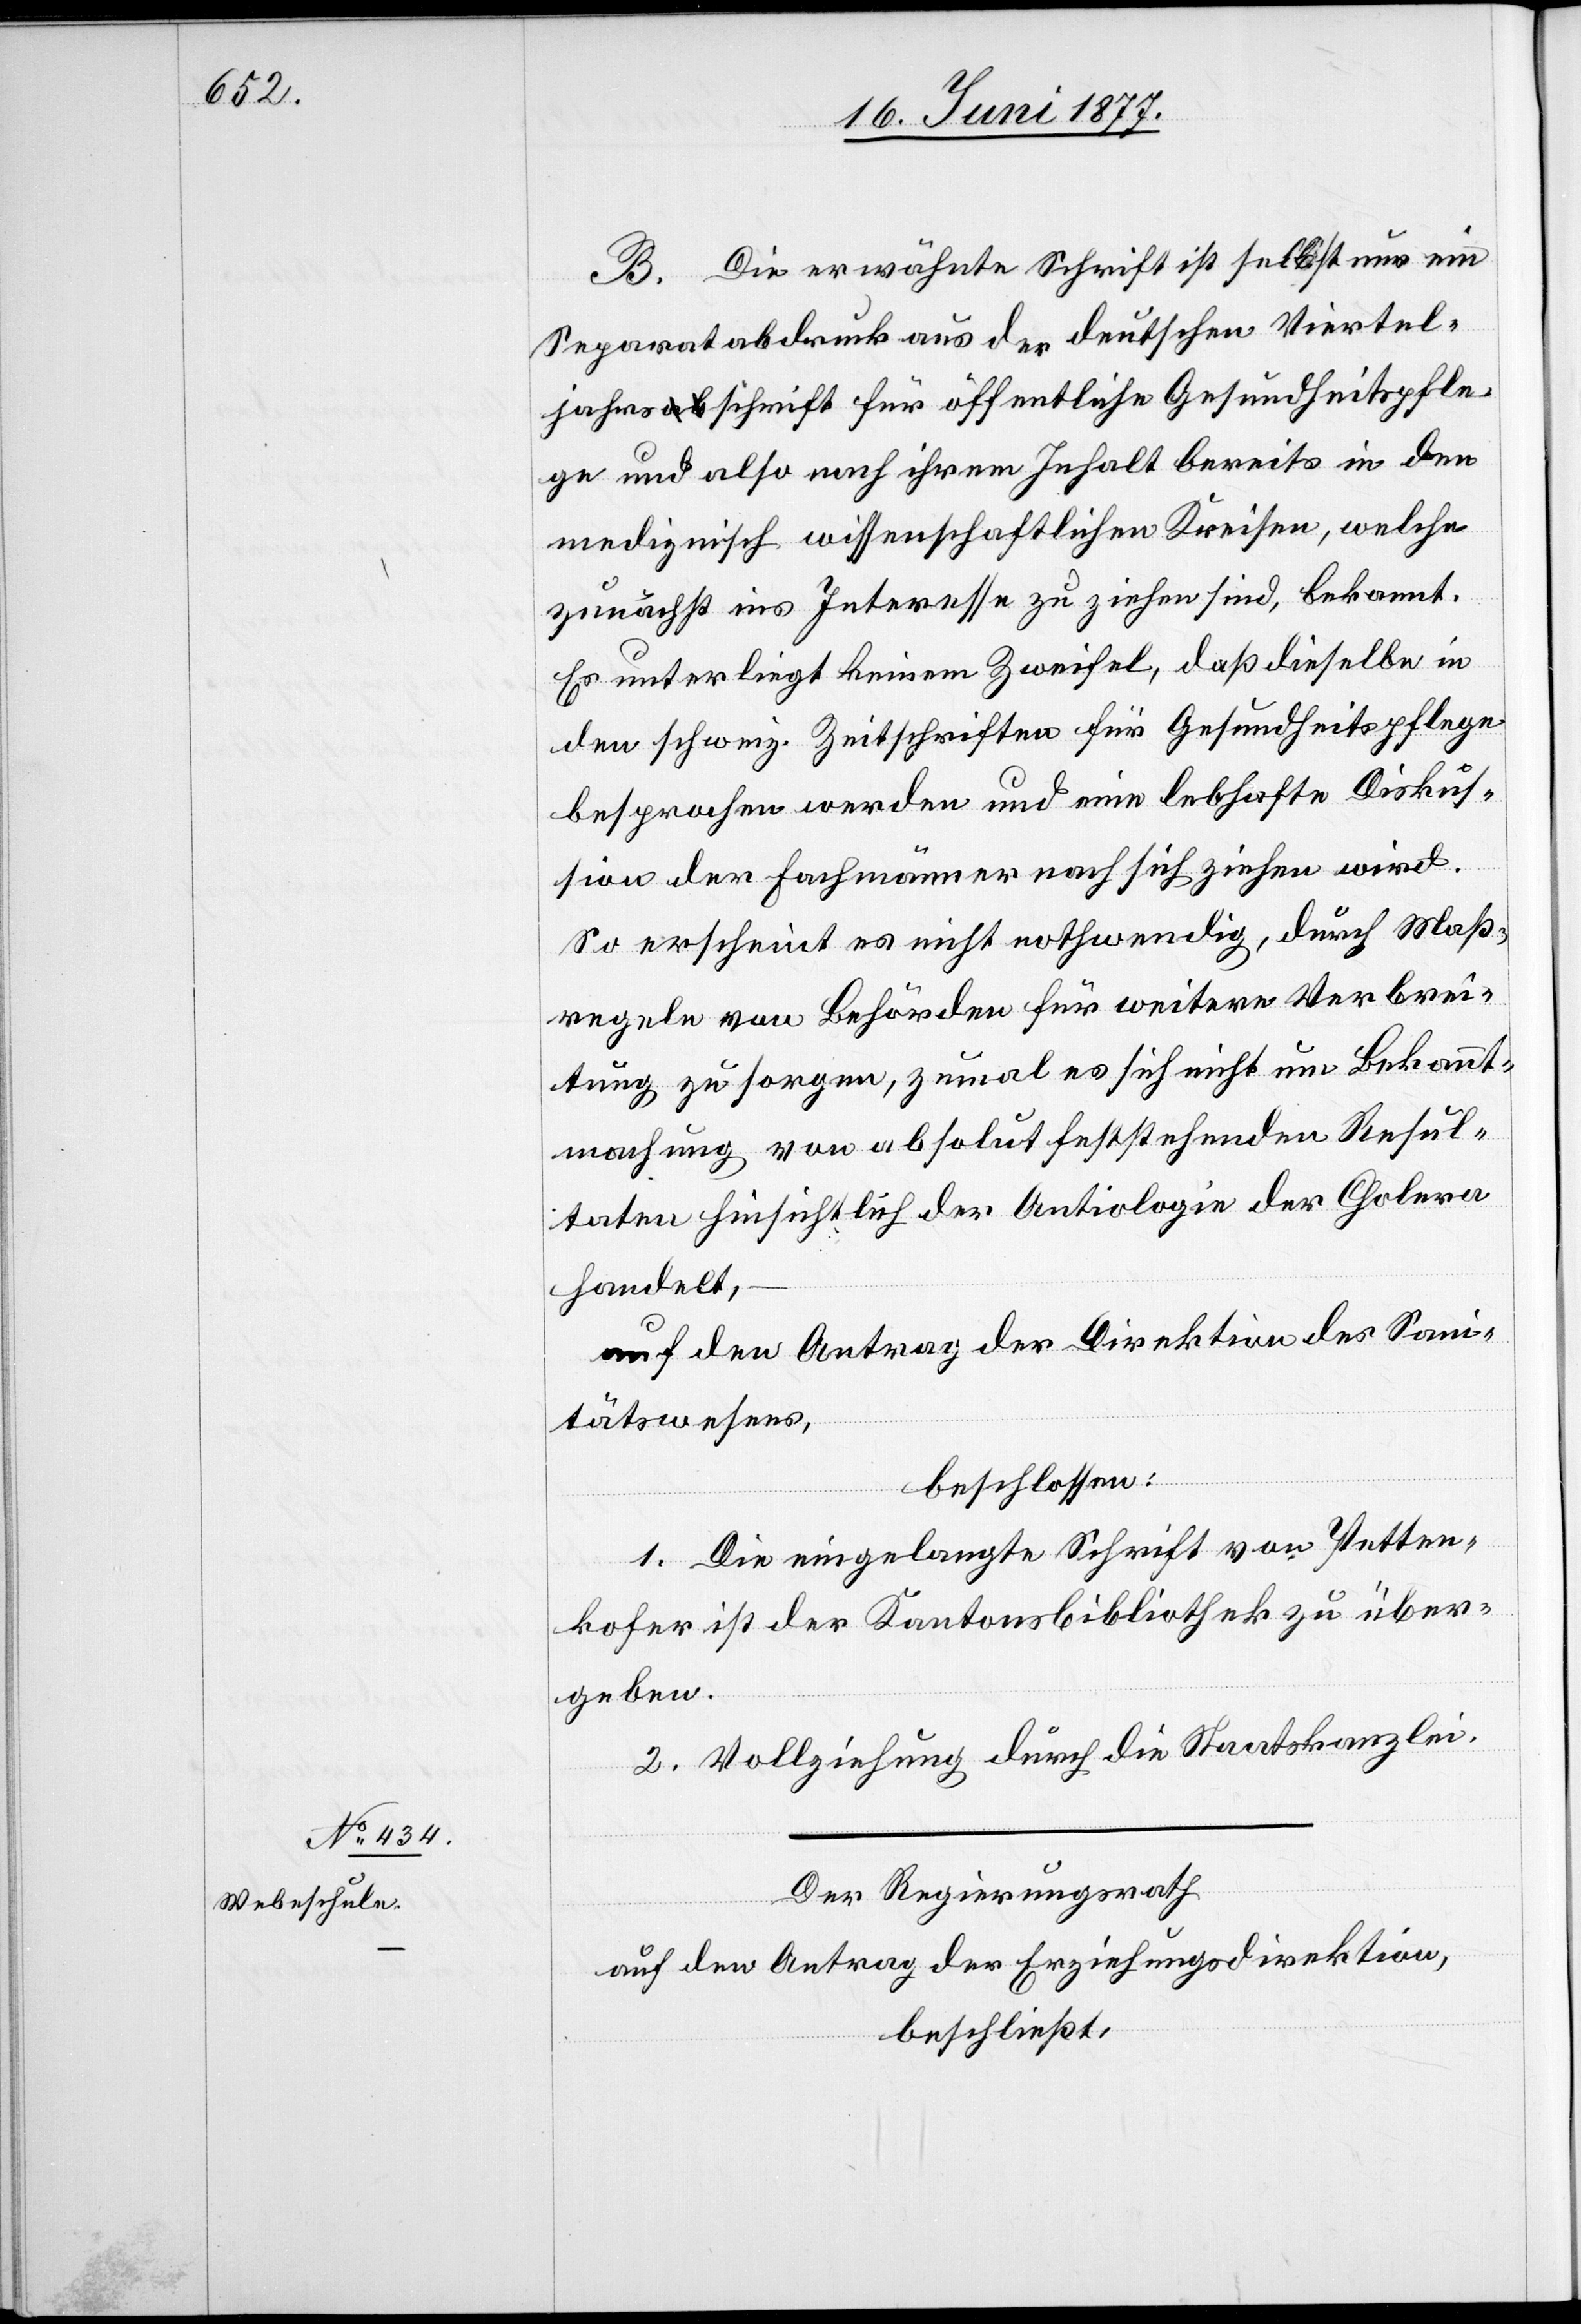
B. Die erwähnte Schrift ist selbst nur ein
Separatabdruck aus der deutschen Viertel¬
jahresschrift für öffentliche Gesundheitspfle¬
ge und also nach ihrem Inhalt bereits in den
medizinisch wissenschaftlichen Kreisen, welche
zunächst ins Interesse zu ziehen sind, bekannt.
Es unterliegt keinem Zweifel, daß dieselbe in
den schweiz. Zeitschriften für Gesundheitspflege
besprochen werden und eine lebhafte Diskus¬
sion der Fachmänner nach sich ziehen wird.
So erscheint es nicht nothwendig, durch Maß¬
regeln von Behörden für weitere Verbrei¬
tung zu sorgen, zumal es sich nicht um Bekannt¬
machung von absolut feststehenden Resul¬
taten hinsichtlich der Aetiologie der Cholera
handelt,
auf den Antrag der Direktion des Sani¬
tätswesens,
beschlossen:
1. Die eingelangte Schrift von Petten¬
kofer ist der Kantonsbibliothek zu über¬
geben.
2. Vollziehung durch die Staatskanzlei.
Der Regierungsrath,
auf den Antrag der Erziehungsdirektion,
beschließt: